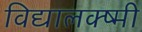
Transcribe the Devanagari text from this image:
विद्यालक्ष्मी